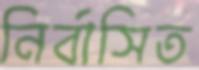
নির্বাসিত